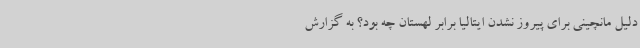
دلیل مانچینی برای پیروز نشدن ایتالیا برابر لهستان چه بود؟ به گزارش